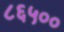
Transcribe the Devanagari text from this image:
८६५००